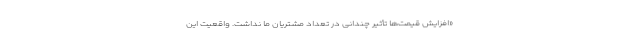
«افزایش قیمت‌ها تأثیر چندانی در تعداد مشتریان ما نداشت. واقعیت این